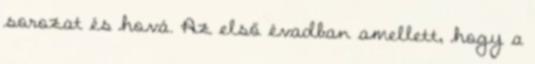
sorozat és hová. Az első évadban amellett, hogy a